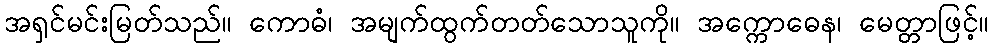
အရှင်မင်းမြတ်သည်။ ကောဓံ၊ အမျက်ထွက်တတ်သောသူကို။ အက္ကောဓေန၊ မေတ္တာဖြင့်။